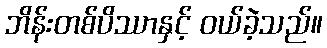
ဘိန်းတစ်ပိဿာနှင့် ဝယ်ခဲ့သည်။